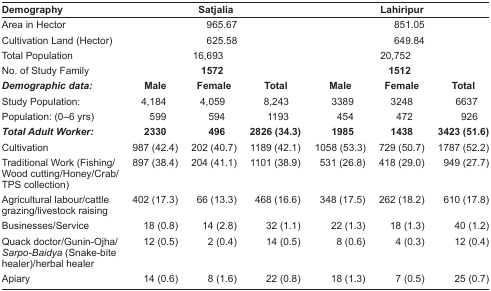
<table><thead><tr><td><b>Demography</b></td><td colspan="3"><b>Satjalia</b></td><td colspan="3"><b>Lahiripur</b></td></tr></thead><tbody><tr><td>Area in Hector</td><td></td><td>965.67</td><td></td><td></td><td>851.05</td><td></td></tr><tr><td>Cultivation Land (Hector)</td><td></td><td>625.58</td><td></td><td></td><td>649.84</td><td></td></tr><tr><td>Total Population</td><td></td><td>16,693</td><td></td><td></td><td>20,752</td><td></td></tr><tr><td>No. of Study Family</td><td></td><td><b>1572</b></td><td></td><td></td><td><b>1512</b></td><td></td></tr><tr><td><b><i>Demographic data:</i></b></td><td><b>Male</b></td><td><b>Female</b></td><td><b>Total</b></td><td><b>Male</b></td><td><b>Female</b></td><td><b>Total</b></td></tr><tr><td>Study Population:</td><td>4,184</td><td>4,059</td><td>8,243</td><td>3389</td><td>3248</td><td>6637</td></tr><tr><td>Population: (0–6 yrs)</td><td>599</td><td>594</td><td>1193</td><td>454</td><td>472</td><td>926</td></tr><tr><td><b><i>Total Adult Worker:</i></b></td><td><b>2330</b></td><td><b>496</b></td><td><b>2826 (34.3)</b></td><td><b>1985</b></td><td><b>1438</b></td><td><b>3423 (51.6)</b></td></tr><tr><td>Cultivation</td><td>987 (42.4)</td><td>202 (40.7)</td><td>1189 (42.1)</td><td>1058 (53.3)</td><td>729 (50.7)</td><td>1787 (52.2)</td></tr><tr><td>Traditional Work (Fishing/Wood cutting/Honey/Crab/TPS collection)</td><td>897 (38.4)</td><td>204 (41.1)</td><td>1101 (38.9)</td><td>531 (26.8)</td><td>418 (29.0)</td><td>949 (27.7)</td></tr><tr><td>Agricultural labour/cattle grazing/livestock raising</td><td>402 (17.3)</td><td>66 (13.3)</td><td>468 (16.6)</td><td>348 (17.5)</td><td>262 (18.2)</td><td>610 (17.8)</td></tr><tr><td>Businesses/Service</td><td>18 (0.8)</td><td>14 (2.8)</td><td>32 (1.1)</td><td>22 (1.3)</td><td>18 (1.3)</td><td>40 (1.2)</td></tr><tr><td>Quack doctor/Gunin-Ojha/ <i>Sarpo-Baidya</i> (Snake-bite healer)/herbal healer</td><td>12 (0.5)</td><td>2 (0.4)</td><td>14 (0.5)</td><td>8 (0.6)</td><td>4 (0.3)</td><td>12 (0.4)</td></tr><tr><td>Apiary</td><td>14 (0.6)</td><td>8 (1.6)</td><td>22 (0.8)</td><td>18 (1.3)</td><td>7 (0.5)</td><td>25 (0.7)</td></tr></tbody></table>